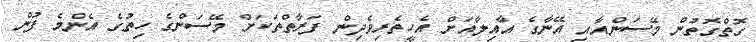
ގޮތްގޮތުން މޭސަންއާއި އޭނާގެ އާއިލާއަށް އެހީތެރިވެދިން ފަރާތްތަކަށް މޭސަންގެ ހިތުގެ އެންމެ ފުން